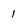
Character: 1